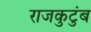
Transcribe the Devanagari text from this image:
राजकुटुंब